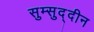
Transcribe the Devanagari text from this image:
सुम्सुद्दीन